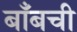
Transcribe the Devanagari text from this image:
बाँबची